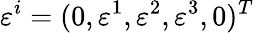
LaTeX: \varepsilon^{i}=(0,\varepsilon^{1},\varepsilon^{2},\varepsilon^{3},0)^{T}